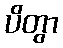
ပိတွာ